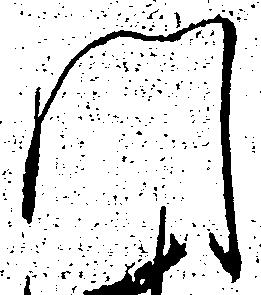
門